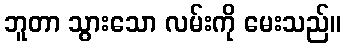
ဘူတာ သွားသော လမ်းကို မေးသည်။